Leningradi_Edasi_toimetus, lk 150
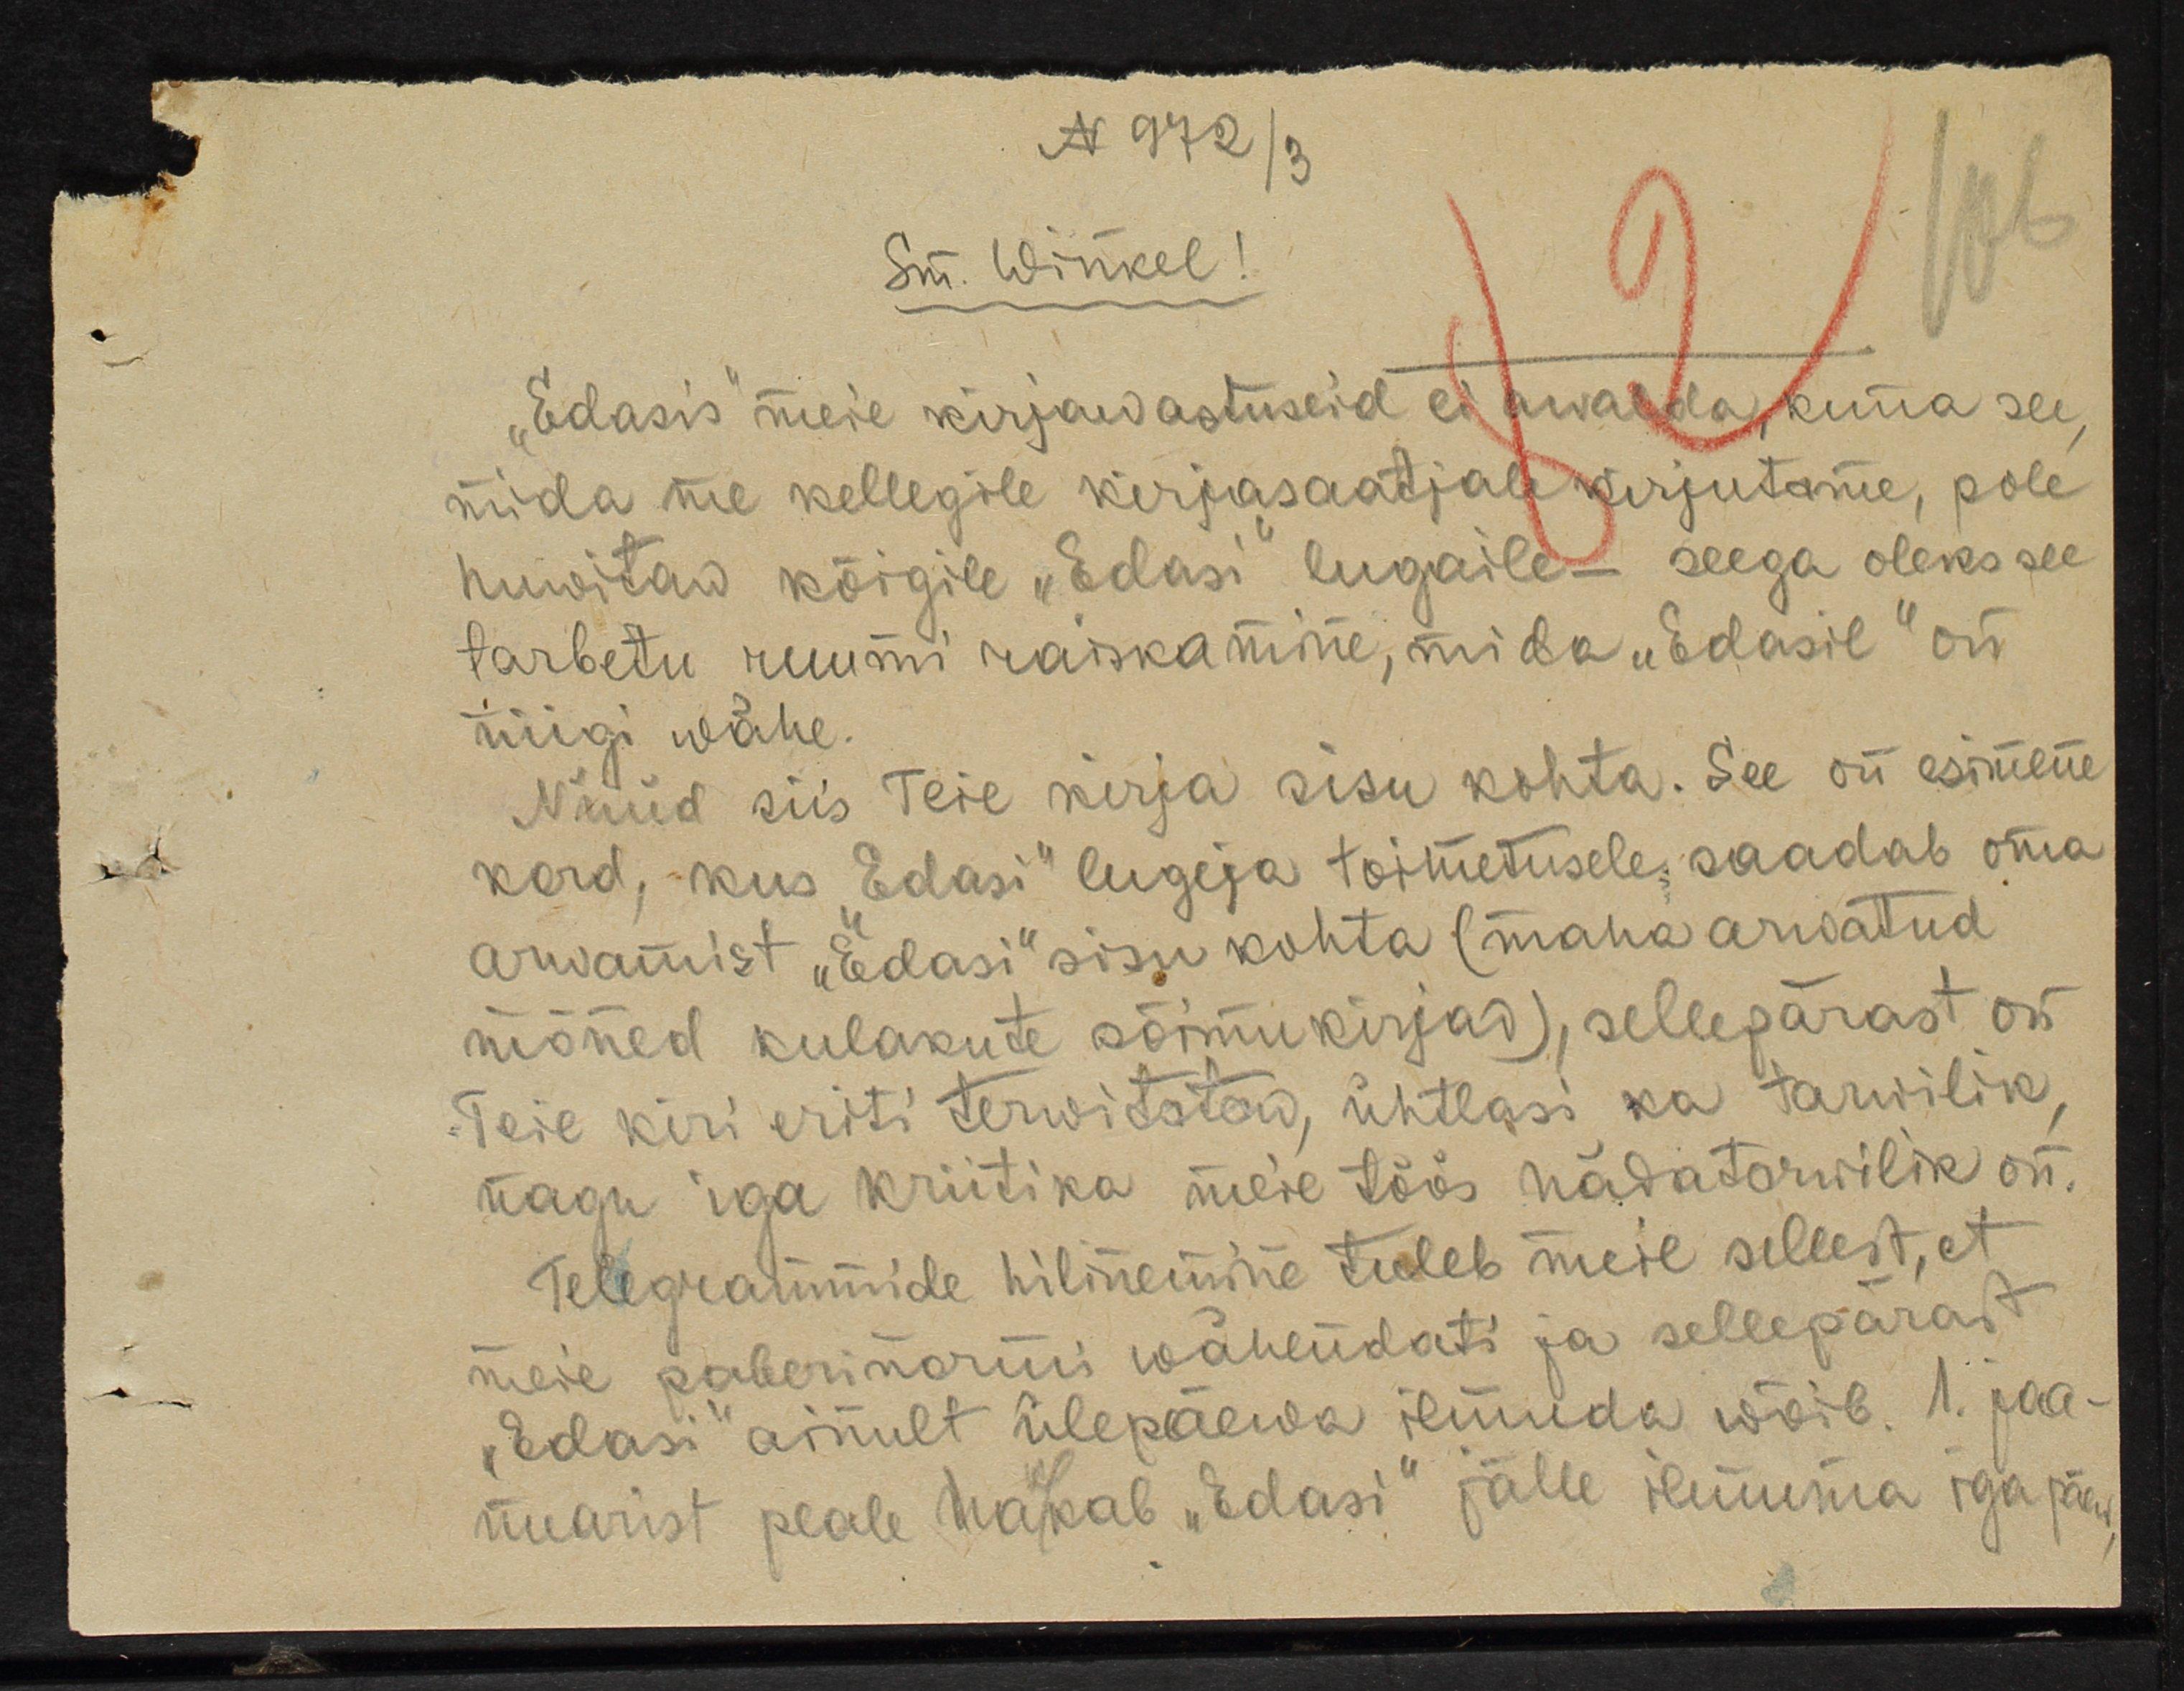
N 972 /3
Sm. Winkel!
"Edasis" meie kirjawastuseid ei awalda kuna see
mida me kellegile kirjasaatjale kirjutame, pole
huwitaw kõigile "Edasi" lugaile - seega oleks see
tarbetu ruumi raiskamine, mida "Edasil" on
niigi wähe.
Nüüd siis Teie kirja sisu kohta. See on esimene
kord, kus "Edasi" lugeja toimetusele, saadab oma
arwamist "Edasi" sisu kohta (maha arwatud
mõned kulakute sõimukirjad), sellepärast on
Teie kiri eriti terwitataw, ühtlasi ka tarwilik,
nagu iga kriitika meie töös hädatarwilik on.
Telegrammide hilinemine tuleb meil sellest, et
meie paberinormi wähendati ja sellepärast
"Edasi" ainult ülepäewa ilmuda wõib, 1. jaa-
nuarist peale hakkab "Edasi" jälle ilmuma iga päew